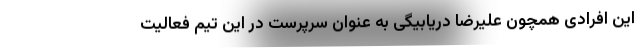
این افرادی همچون علیرضا دریابیگی به عنوان سرپرست در این تیم فعالیت